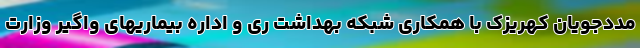
مددجویان کهریزک با همکاری شبکه بهداشت ری و اداره بیماریهای واگیر وزارت